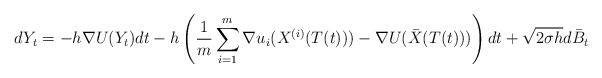
LaTeX: \begin{align*}dY_t = -h\nabla U(Y_t)dt-h\left(\frac{1}{m}\sum_{i=1}^m \nabla u_i(X^{(i)}(T(t)))-\nabla U(\bar{X}(T(t)))\right)dt+\sqrt{2\sigma h} d\bar{B}_t\end{align*}